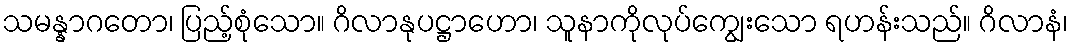
သမန္နာဂတော၊ ပြည့်စုံသော။ ဂိလာနုပဋ္ဌာဟော၊ သူနာကိုလုပ်ကျွေးသော ရဟန်းသည်။ ဂိလာနံ၊